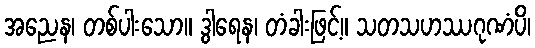
အညေန၊ တစ်ပါးသော။ ဒွါရေန၊ တံခါးဖြင့်။ သတသဟဿဂုဏံပိ၊